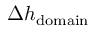
\Delta h _ { \mathrm { d o m a i n } }